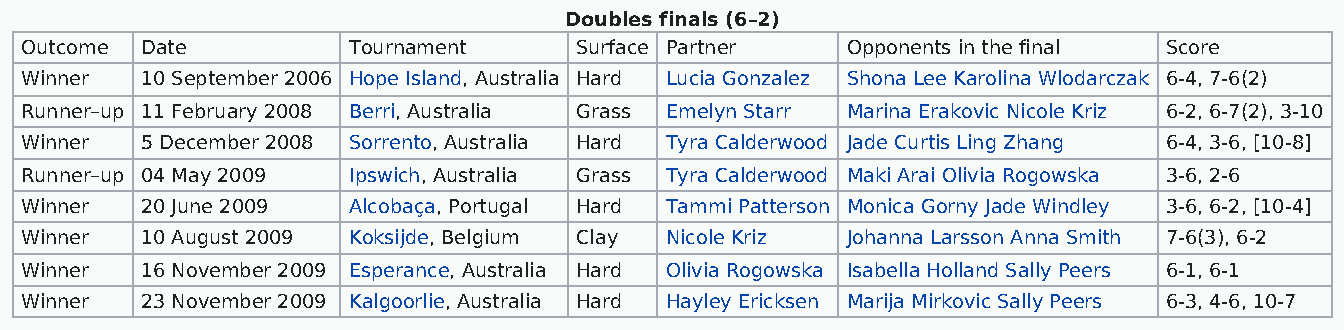
Doubles finals (6–2)
 Outcome Date          Tournament     Surface Partner   Opponents in the final Score
 Winner  10 September 2006 Hope Island, Australia Hard Lucia Gonzalez Shona Lee Karolina Wlodarczak 6-4, 7-6(2)
 Runner–up 11 February 2008 Berri, Australia Grass Emelyn Starr Marina Erakovic Nicole Kriz 6-2, 6-7(2), 3-10
 Winner  5 December 2008 Sorrento, Australia Hard Tyra Calderwood Jade Curtis Ling Zhang 6-4, 3-6, [10-8]
 Runner–up 04 May 2009 Ipswich, Australia Grass Tyra Calderwood Maki Arai Olivia Rogowska 3-6, 2-6
 Winner  20 June 2009  Alcobaça, Portugal Hard Tammi Patterson Monica Gorny Jade Windley 3-6, 6-2, [10-4]
 Winner  10 August 2009 Koksijde, Belgium Clay Nicole Kriz Johanna Larsson Anna Smith 7-6(3), 6-2
 Winner  16 November 2009 Esperance, Australia Hard Olivia Rogowska Isabella Holland Sally Peers 6-1, 6-1
 Winner  23 November 2009 Kalgoorlie, Australia Hard Hayley Ericksen Marija Mirkovic Sally Peers 6-3, 4-6, 10-7